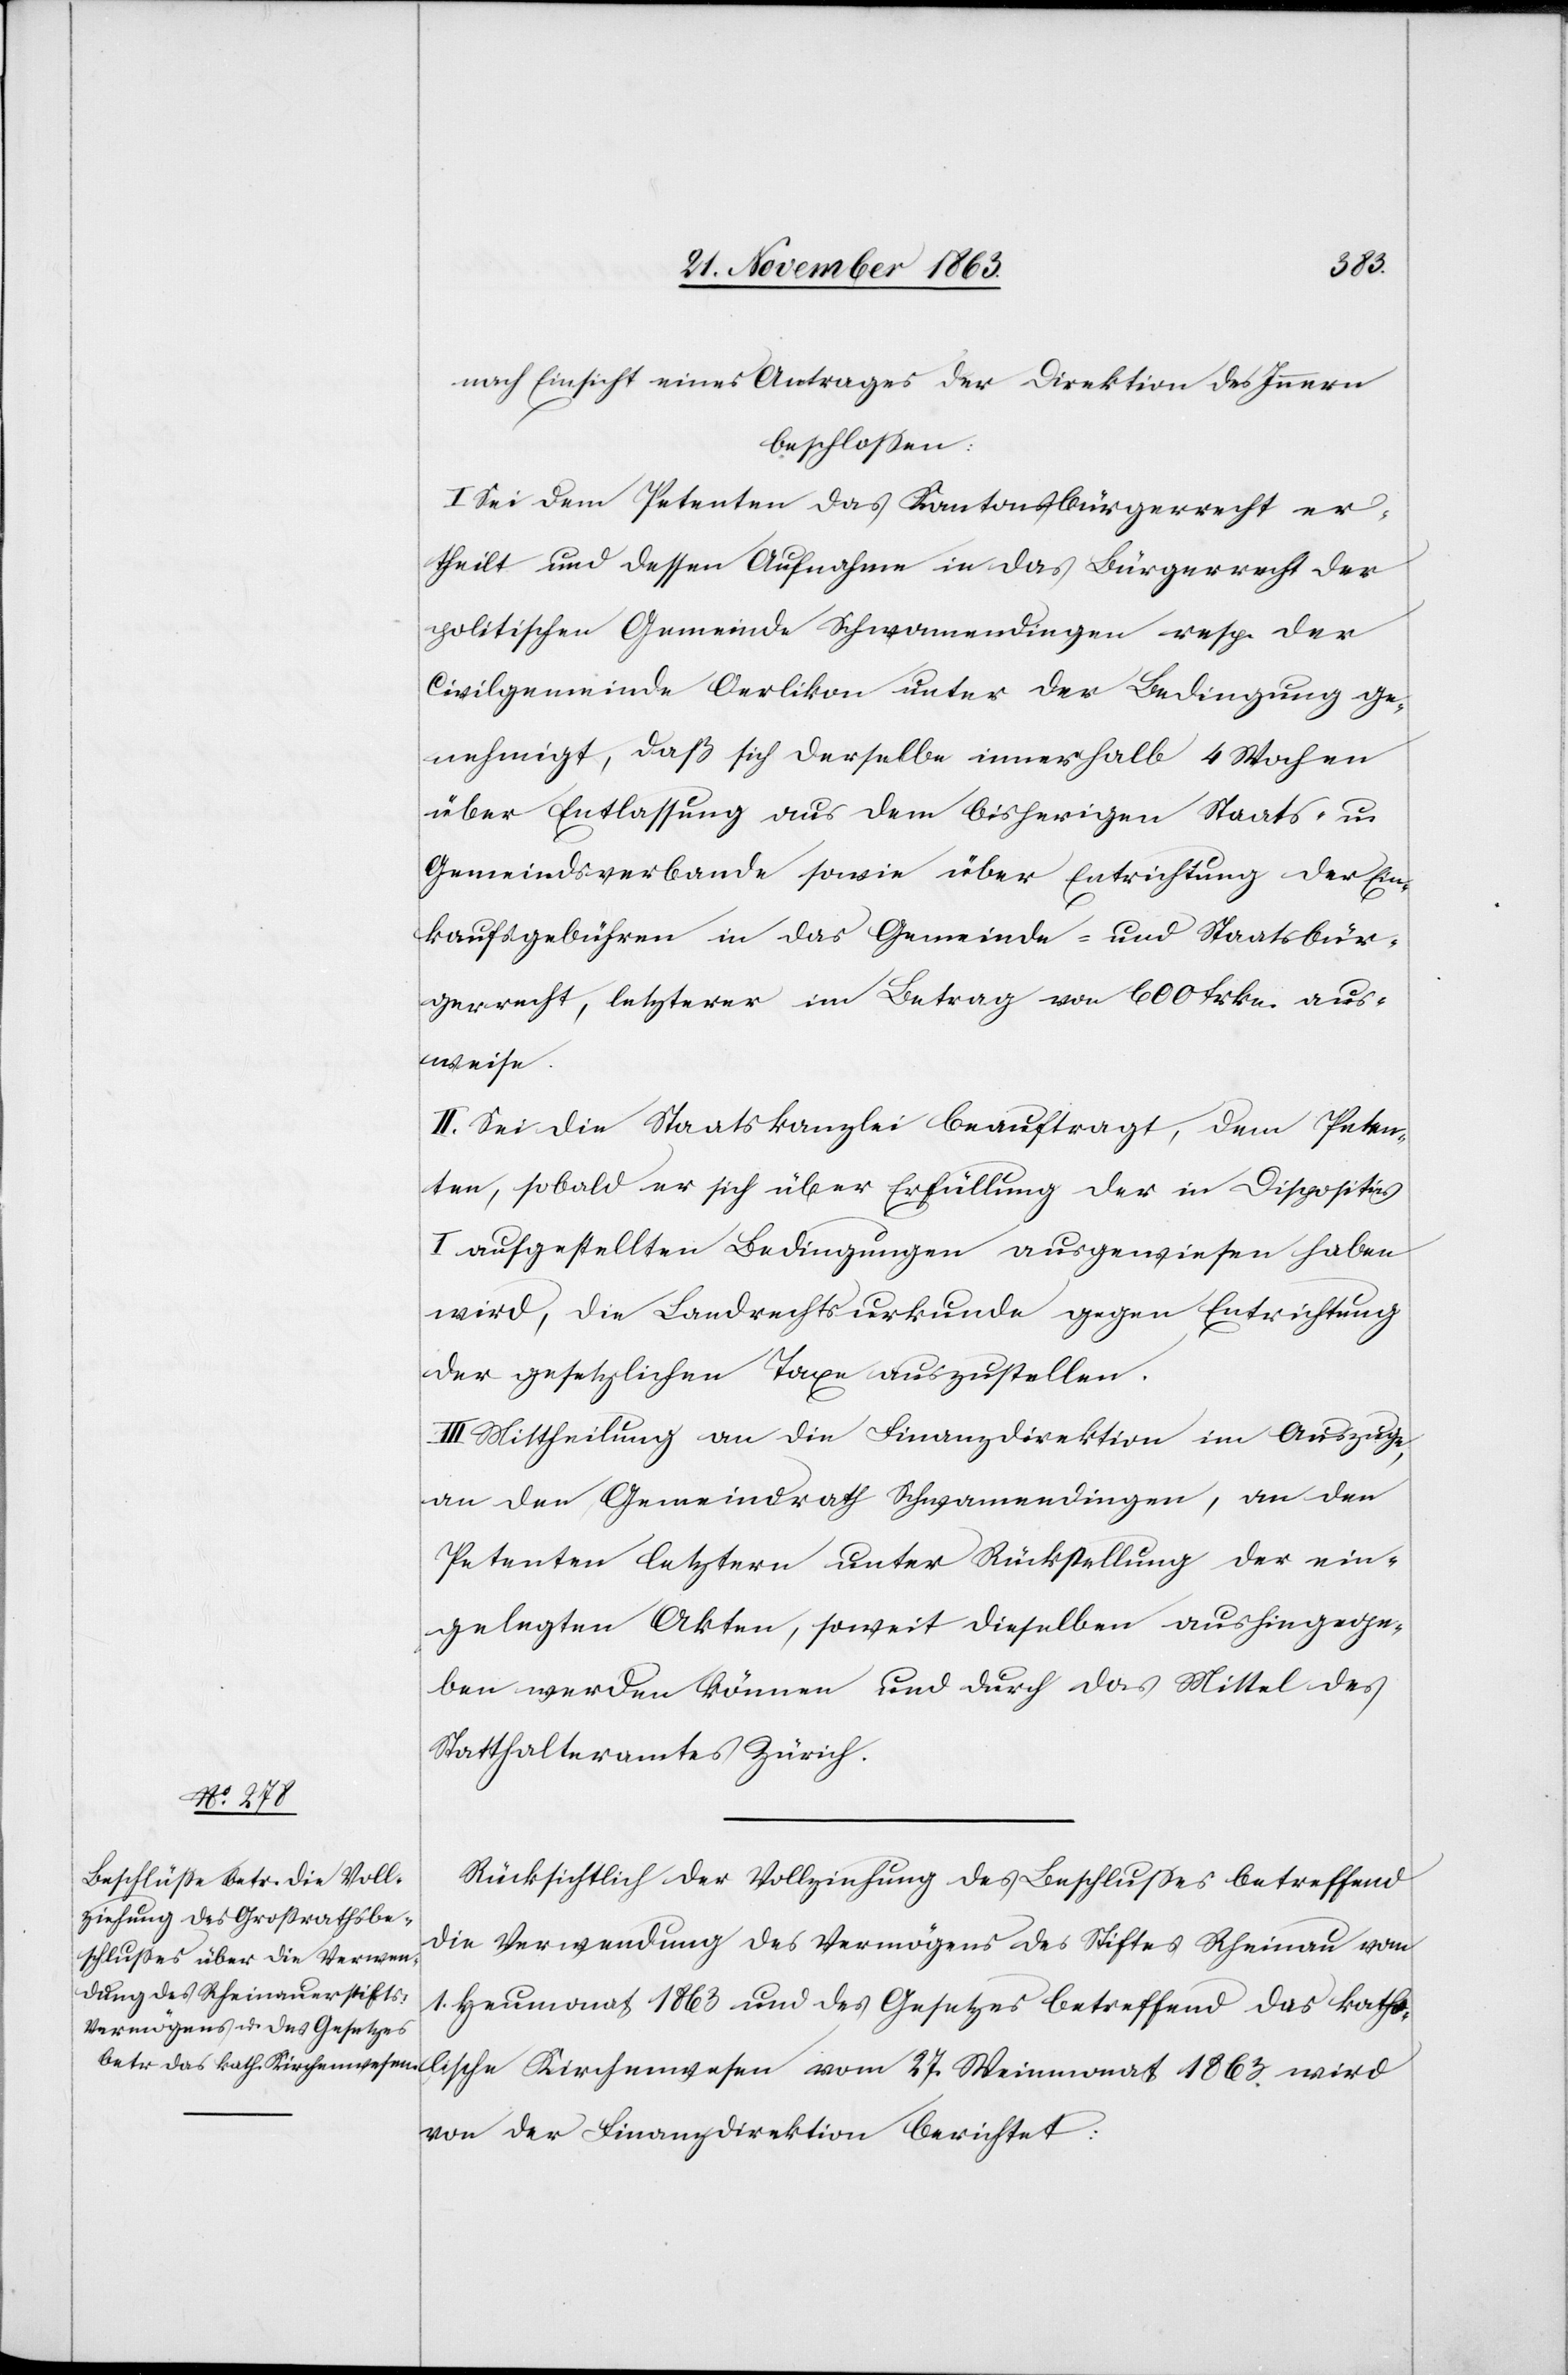
nach Einsicht eines Antrages der Direktion des Innern
beschlossen:
I. Sei dem Petenten das Kantonsbürgerrecht er¬
theilt und dessen Aufnahme in das Bürgerrecht der
politischen Gemeinde Schwamendingen resp. der
Civilgemeinde Oerlikon unter der Bedingung ge¬
nehmigt, daß sich derselbe innerhalb 4 Wochen
über Entlassung aus dem bisherigen Staats- u.
Gemeindsverbande sowie über Entrichtung der Ein¬
kaufsgebühren in das Gemeinde- und Staatsbür¬
gerrecht, letzterer im Betrag von 600 frkn. aus¬
weise.
II. Sei die Staatskanzlei beauftragt, dem Peten¬
ten, sobald er sich über Erfüllung der in Dispositiv
I aufgestellten Bedingungen ausgewiesen haben
wird, die Landrechtsurkunde gegen Entrichtung
der gesetzlichen Taxe auszustellen.
Mittheilung an die Finanzdirektion im Auszuge,
an den Gemeindrath Schwamendingen, an den
Petenten[,] letztern unter Rückstellung der ein¬
gelegten Akten, soweit dieselben aushingege¬
ben werden können und durch das Mittel des
Statthalteramtes Zürich.
vom 27.
Rücksichtlich der Vollziehung des Beschlusses betreffend
die Verwendung des Vermögens des Stiftes Rheinau vom
1. Heumonat 1863 und des Gesetzes betreffend das katho¬
von der Finanzdirektion berichtet: